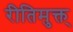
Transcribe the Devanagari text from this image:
रीतिमुक्त्